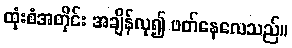
ထုံးစံအတိုင်း အချိန်လု၍ ဖတ်နေလေသည်။